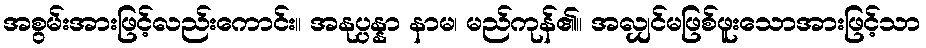
အစွမ်းအားဖြင့်လည်းကောင်း။ အနုပ္ပန္နာ နာမ၊ မည်ကုန်၏။ အလျှင်မဖြစ်ဖူးသောအားဖြင့်သာ